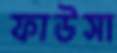
ফাউসা